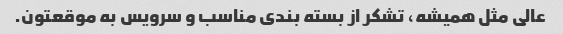
عالی مثل همیشه، تشکر از بسته بندی مناسب و سرویس به موقعتون.